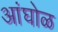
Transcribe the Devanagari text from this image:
अांघोळ